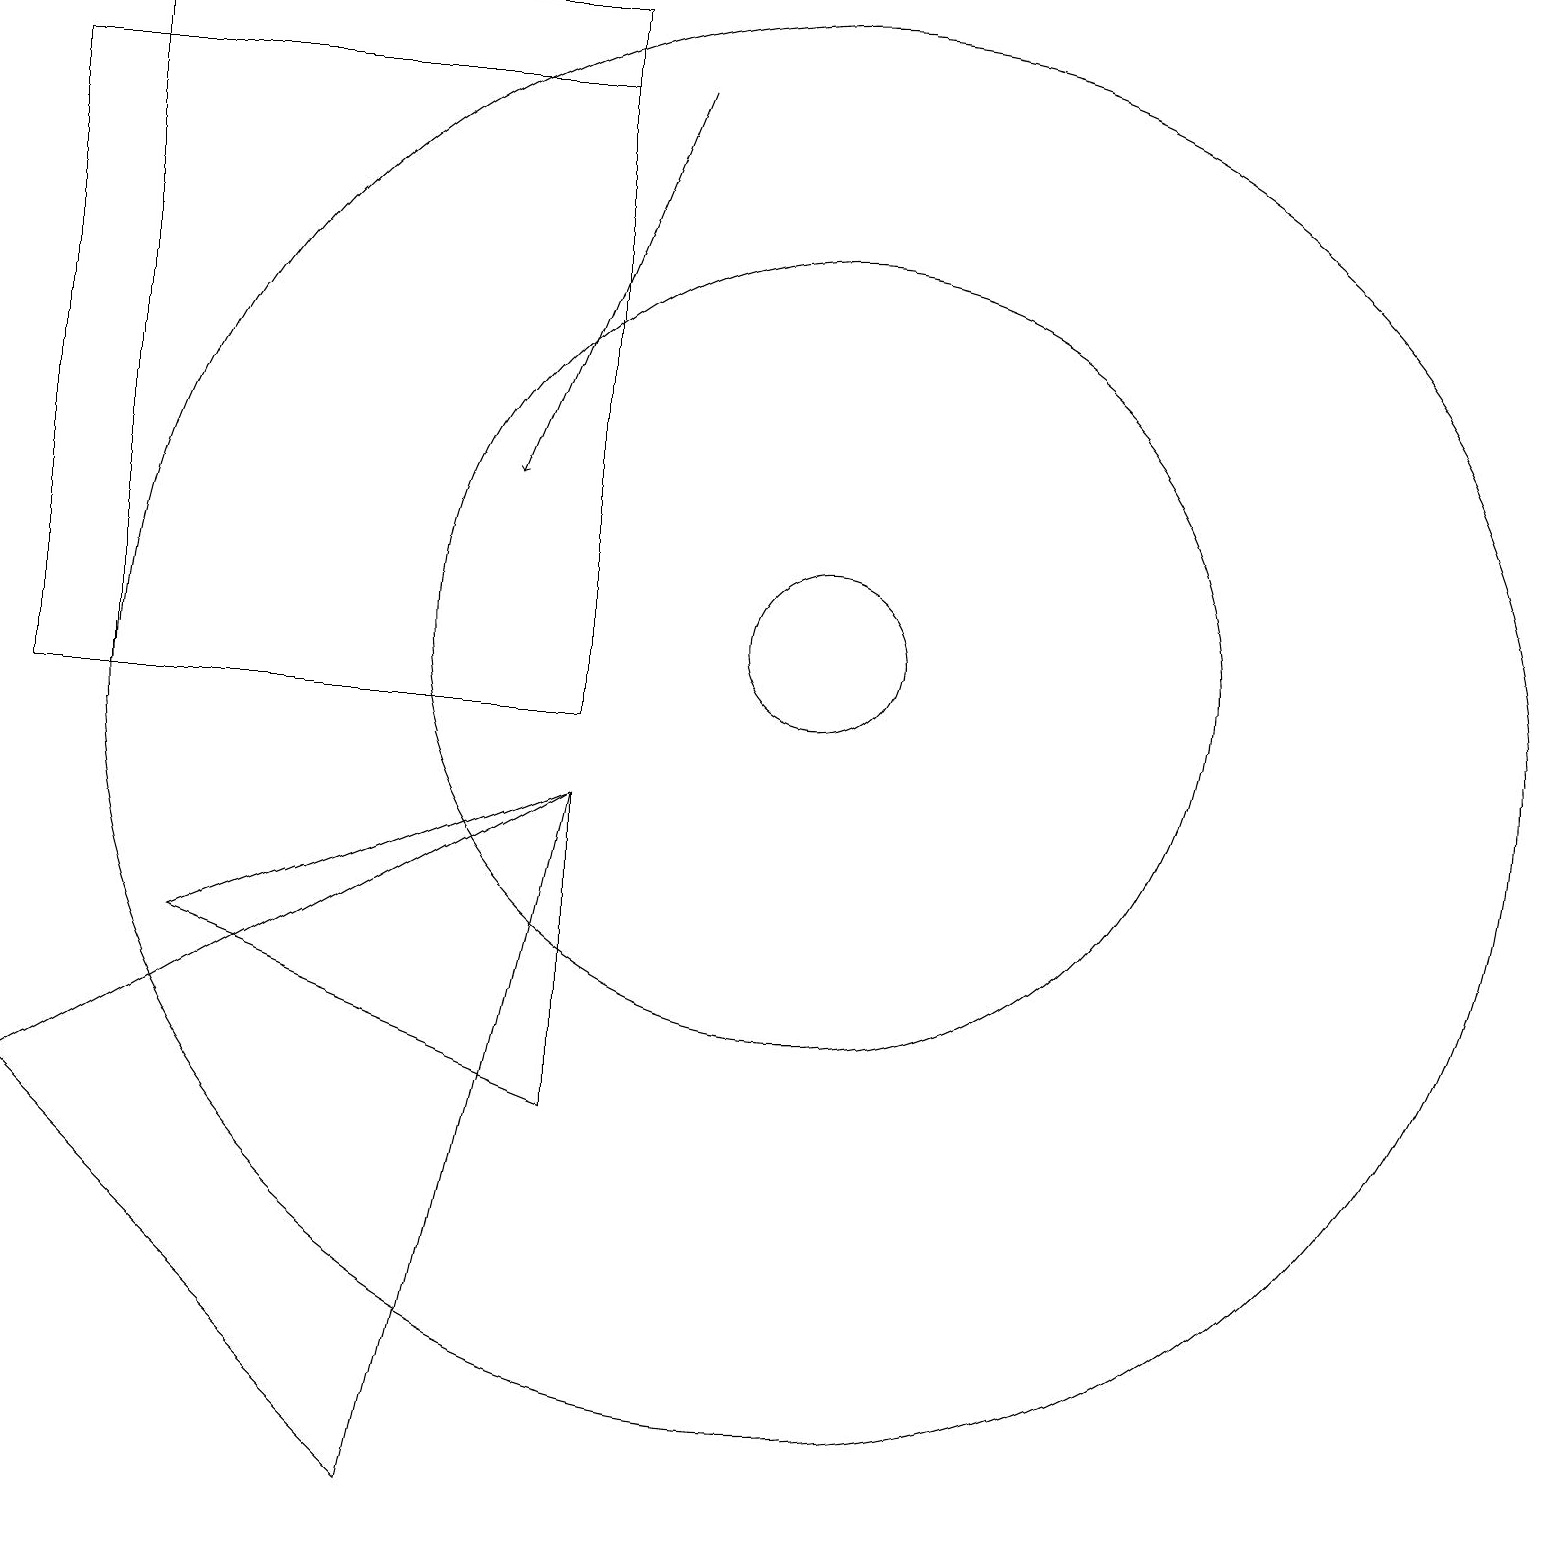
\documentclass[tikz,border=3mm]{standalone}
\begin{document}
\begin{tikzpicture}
\draw (10,11) circle (1);
\draw (7,10) rectangle (1,19);
\draw (7,5) -- (7,9) -- (2,7) -- cycle;
\draw (7,10) rectangle (0,18);
\draw (10,11) circle (5);
\draw (10,10) circle (9);
\draw (0,5) -- (7,9) -- (5,0) -- cycle;
\draw[->] (8,18) -- (6,13);
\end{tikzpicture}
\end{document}